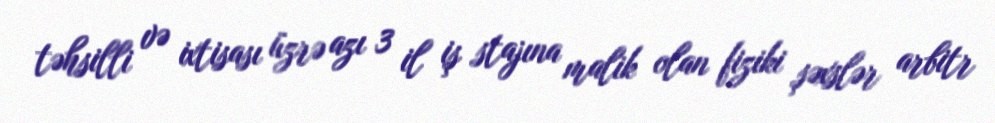
təhsilli və ixtisası üzrə azı 3 il iş stajına malik olan fiziki şəxslər arbitr